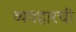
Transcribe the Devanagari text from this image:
व्यवहारची